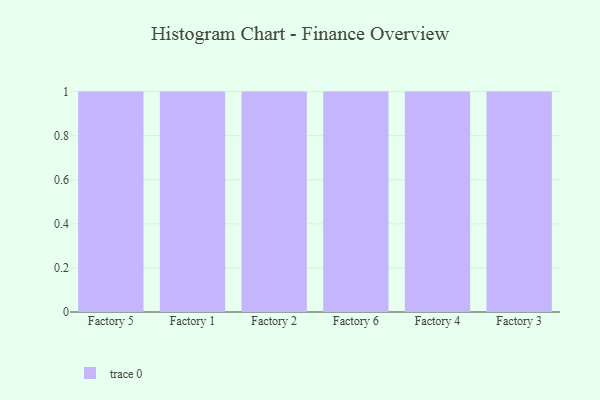
{"axis": {"x": "Factory", "y": "Energy Usage (MWh)"}, "legend": [""], "data": [{"x": "Factory 5", "y": 2, "type": ""}, {"x": "Factory 1", "y": 45, "type": ""}, {"x": "Factory 2", "y": 71, "type": ""}, {"x": "Factory 6", "y": 92, "type": ""}, {"x": "Factory 4", "y": 17, "type": ""}, {"x": "Factory 3", "y": 92, "type": ""}]}